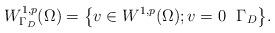
LaTeX: \begin{align*} W_{\Gamma_D}^{1,p}(\Omega)=\big\{ v\in W^{1,p}(\Omega); v=0 \ \ \Gamma_D\big\}.\end{align*}